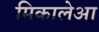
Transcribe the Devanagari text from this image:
मिकालेआ